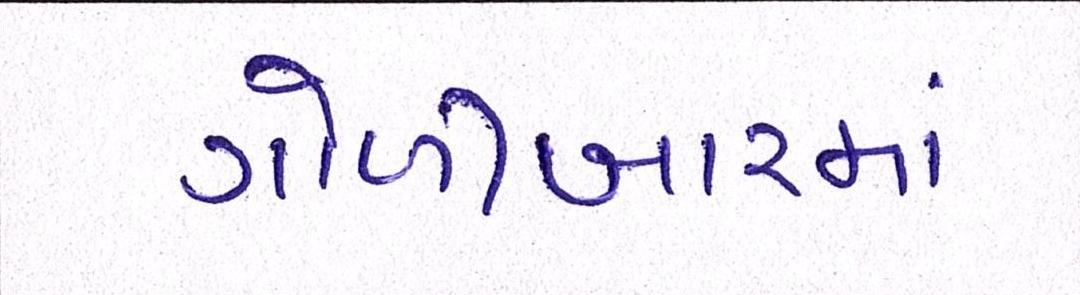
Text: ગોળીબારમાં